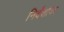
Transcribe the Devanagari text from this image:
निर्देशांवर